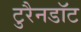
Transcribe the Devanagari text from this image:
टुरैनडॉट